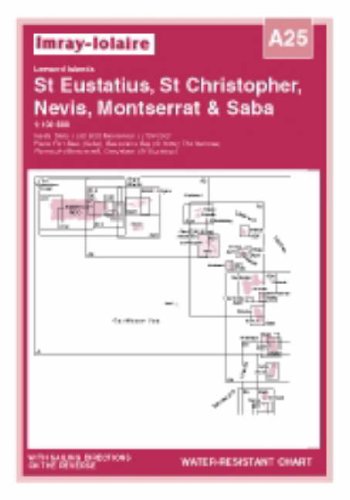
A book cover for Imray Iolaire Chart A25 2006: St Eustatius, St Kitts and Nevis; Imray; Travel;